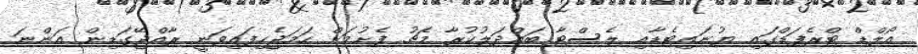
އޯލްޑް ޓްރެފަޑްގައި ޔުނައިޓެޑާއި ލެސްޓާ ބައްދަލުކުރާ މެޗު ފެށުމަށް ހަމަޖެހިފައިވަނީ ރާއްޖޭގަޑިން އަންނަ